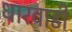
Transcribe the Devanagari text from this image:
धारवाडी